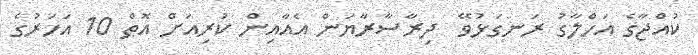
ކުއްޖާގެ އަހްލާގު ރަނގަޅުވޭ  ދިރާސާރާޔަން އެއާއިން ކުރިއަށް އޮތް 10 އަހަރުގެ